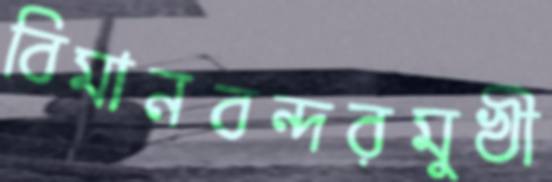
বিমানবন্দরমুখী